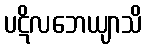
ပဋိလဘေယျာသိ